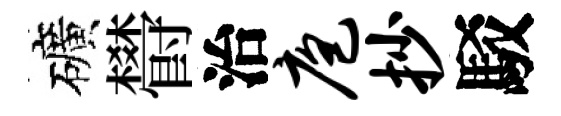
礦欎治庖抄駁